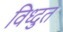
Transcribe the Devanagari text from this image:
विध्दुत